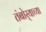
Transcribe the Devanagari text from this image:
तंबोर्‍याच्या